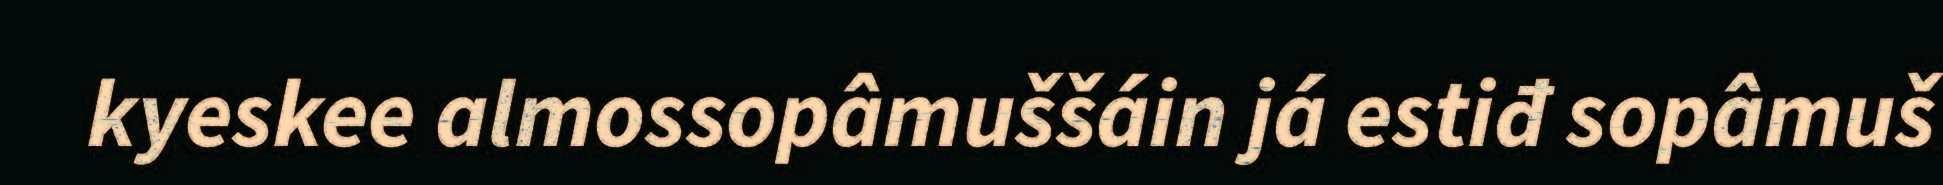
kyeskee almossopâmuššáin já estiđ sopâmuš